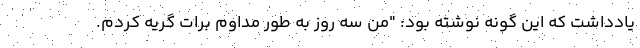
یادداشت که این گونه نوشته بود: "من سه روز به طور مداوم برات گریه کردم.